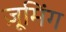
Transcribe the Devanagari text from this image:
ज़ूमिंग